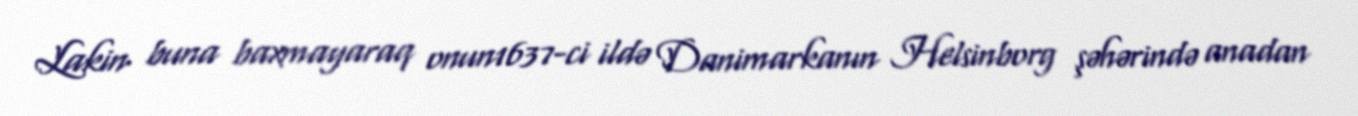
Lakin buna baxmayaraq onun1637-ci ildə Danimarkanın Helsinborg şəhərində anadan